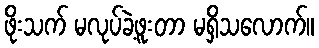
ဖိုးသက် မလုပ်ခဲ့ဖူးတာ မရှိသလောက်။